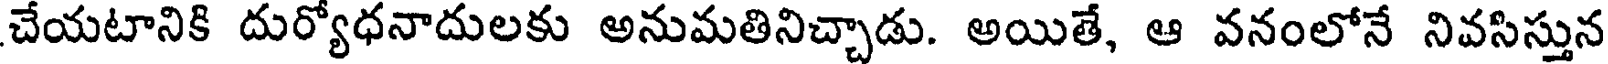
చేయటానికి దుర్యోధనాదులకు అనుమతినిచ్చాడు. అయితే, ఆ వనంలోనే నివసిస్తున